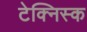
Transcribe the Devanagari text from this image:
टेक्निस्क